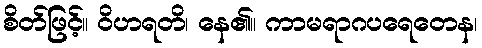
စိတ်ဖြင့်။ ဝိဟရတိ၊ နေ၏။ ကာမရာဂပရေတေန၊